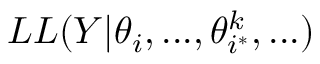
L L ( Y | \theta _ { i } , . . . , \theta _ { i ^ { * } } ^ { k } , . . . )